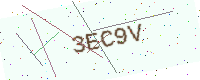
Text: 3EC9V